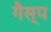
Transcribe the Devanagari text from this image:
गैस्प